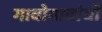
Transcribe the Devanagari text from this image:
गावोगावांची